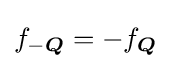
f_{-{\boldsymbol {Q}}}=-f_{\boldsymbol {Q}}